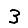
Digit: 3